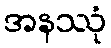
အနဿုံ